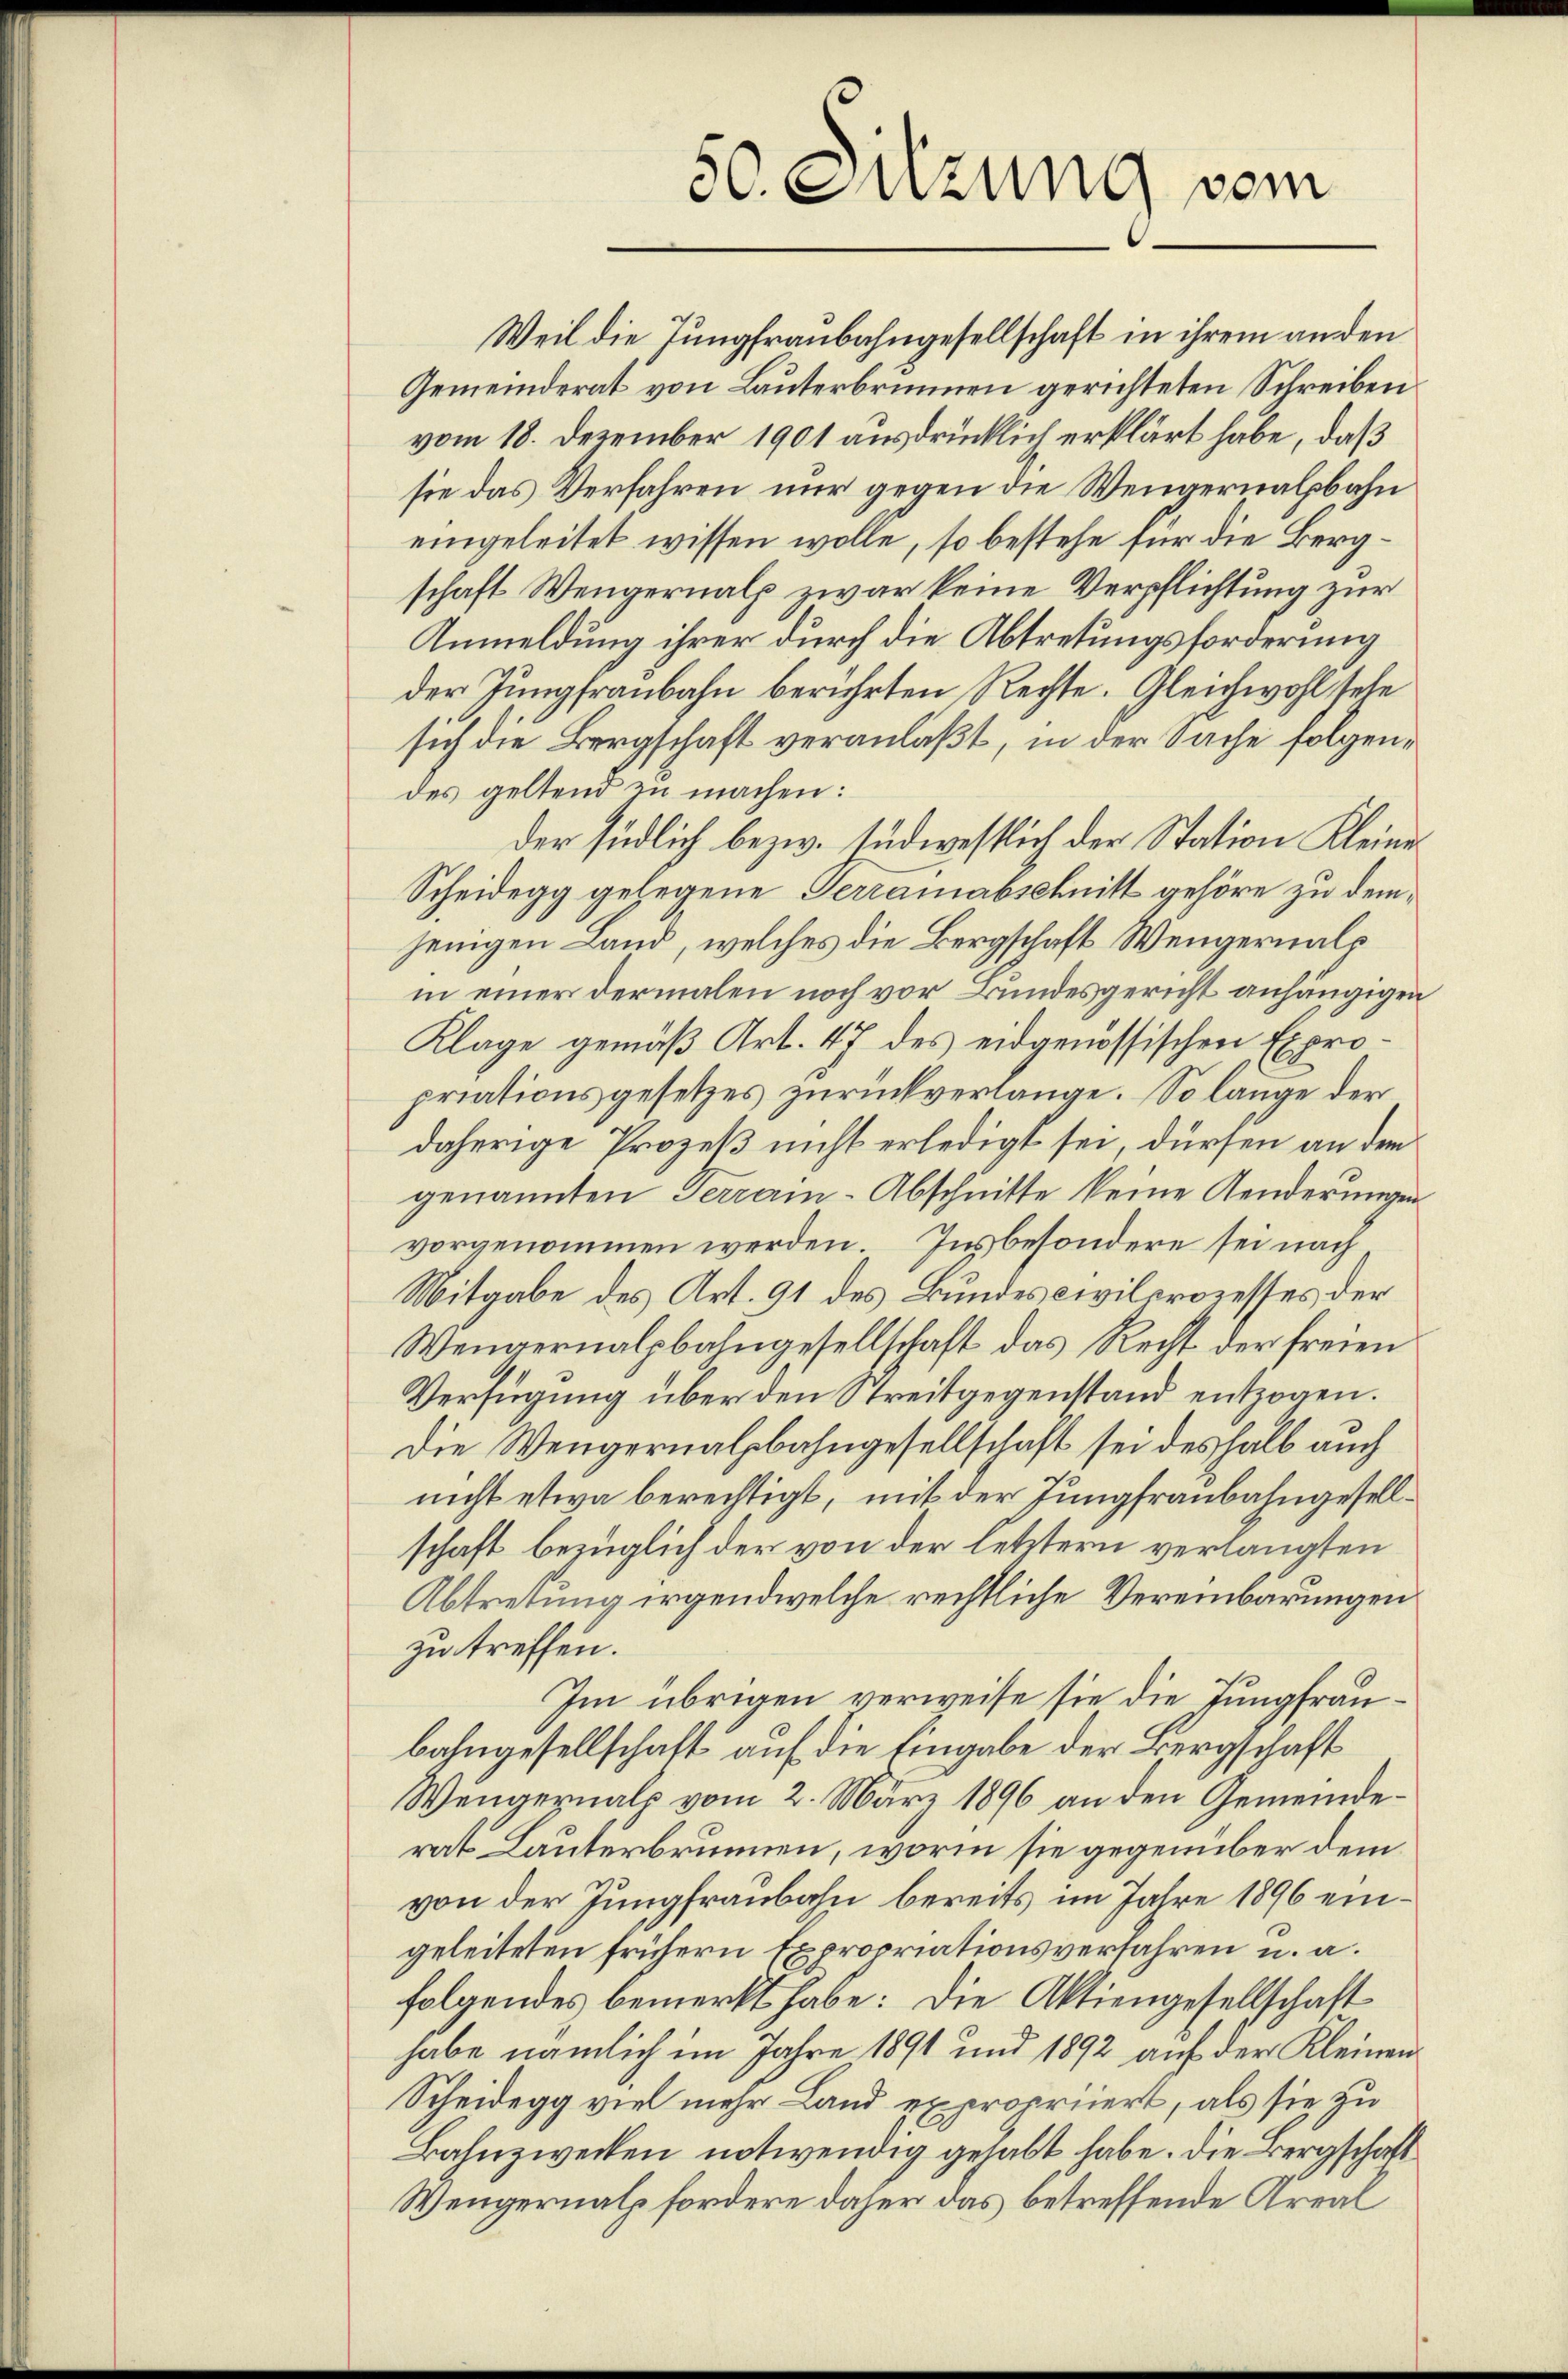
50. Sitzung vom

Weil die Jungfraubahngesellschaft in ihrem an den
Gemeinderat von Lauterbrunnen gerichteten Schreiben
vom 18. Dezember 1901 ausdrücklich erklärt habe, daß
sie das Verfahren nur gegen die Wengernalbahn
eingeleitet wissen wolle, so bestehe für die Bergschaft Wengernalp zwar keine Verpflichtung zur
Anmeldung ihrer durch die Abtretungsforderung
der Jungfraubahn berührten Rechte. Gleichwohl sehe
sich die Bergschaft veranlaßt, in der Sache folgendes geltend zu machen:
der südlich bezw. südwestlich der Station Kleine
Scheidegg gelegene Terrainabschnitt gehöre zu demjenigen Land, welches die Bergschaft Wengernalp
in einer dermalen noch vor Bundesgericht anhängigen
Klage gemäß Art. 47 des eidgenössischen Expropriationsgesetzes zurückverlange. So lange der
daherige Prozeß nicht erledigt sei, dürfen an dem
genannten Terrain-Abschnitte keine Aenderungen
vorgenommen werden. Insbesondere sei nach
Mitgabe des Art. 91 des Bundescivilprozesses der
Wenvernalpbahngesellschaft das Recht der freien
Verfügung über den Streitgegenstand entzogen.
Die Wengernalbahngesellschaft sei deshalb auch
nicht etwa berechtigt, mit der Jungfraubahngesellschaft bezüglich der von der letztern verlangten
Abtretung irgendwelche rechtliche Vereinbarungen
zu treffen.
Im übrigen verweise sie die Jungfraubahngesellschaft auf die Eingabe der Bergschaft
Wengernatz vom 2. März 1896 an den Gemeinderat Lauterbrunnen, worin sie gegenüber dem
von der Jungfraubahn bereits im Jahre 1896 eingeleiteten frühern Expropriationsverfahren u. a.
folgendes bemerkt habe: Die Aktiengesellschaft
habe nämlich im Jahre 1891 und 1892 auf der Kleinen
Scheidegg viel mehr Land expropriiert, als sie zu
Bahnzwecken notwendig gehabt habe. Die Bergschaft
Wengernatz fordere daher das betreffende Areal